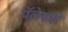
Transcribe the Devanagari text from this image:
पॅलेसही